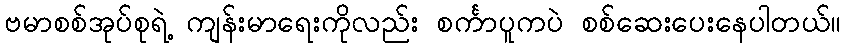
ဗမာစစ်အုပ်စုရဲ့ ကျန်းမာရေးကိုလည်း စင်္ကာပူကပဲ စစ်ဆေးပေးနေပါတယ်။